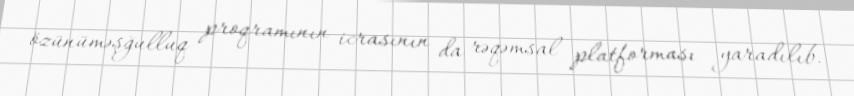
özünüməşğulluq proqramının icrasının da rəqəmsal platforması yaradılıb.